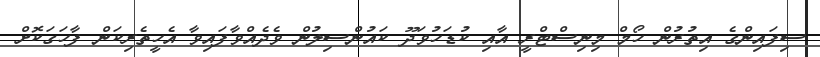
ސިފައިންގެ އިތުރުން ހޯމް މިނިސްޓްރީ އާއި ކުޑަހުވަދޫ ކައުންސިލުން ވެދެއްވާފައިވާ އެހީތެރިކަން ފާހަގަކޮށް